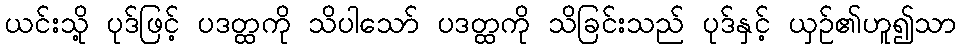
ယင်းသို့ ပုဒ်ဖြင့် ပဒတ္ထကို သိပါသော် ပဒတ္ထကို သိခြင်းသည် ပုဒ်နှင့် ယှဉ်၏ဟူ၍သာ